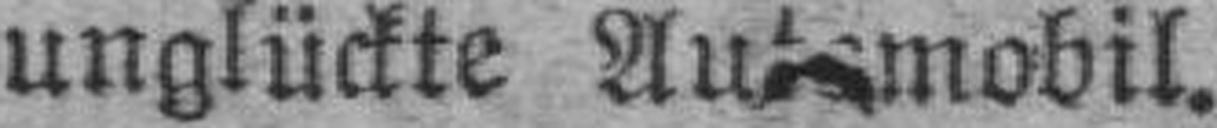
unglückte Automobil.